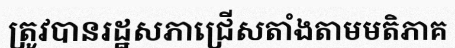
ត្រូវបានរដ្ឋសភាជ្រើសតាំងតាមមតិភាគ